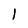
Character: I